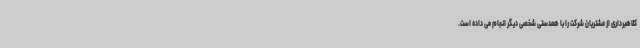
کلاهبرداری از مشتریان شرکت را با همدستی شخصی دیگر انجام می داده است.